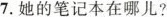
7.她的笔记本在哪儿?